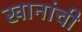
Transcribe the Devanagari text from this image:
खानांची